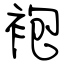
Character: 袍